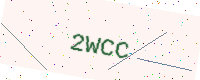
Text: 2WCC